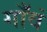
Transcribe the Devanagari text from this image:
गाँवं